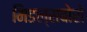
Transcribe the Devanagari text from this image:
मिडल्सबोरो